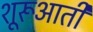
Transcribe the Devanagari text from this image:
शूरूआती